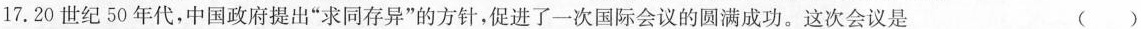
17.20世纪50年代，中国政府提出”求同存异”的方针，促进了一次国际会议的圆满成功。这次会议是 ( )